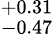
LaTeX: ^{+0.31}_{-0.47}